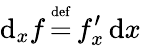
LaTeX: \operatorname{d}_{x}\! f\, {\overset{\underset{\mathrm{def}}{}}{=}}\, f_{x}^{\prime}\operatorname{d}\! x